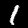
Label: 1